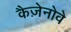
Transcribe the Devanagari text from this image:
कैज़ेनोवे